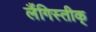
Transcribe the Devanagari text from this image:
लैंगिस्तीक्